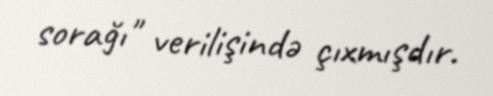
sorağı" verilişində çıxmışdır.